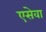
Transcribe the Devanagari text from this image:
एसेवा